Indian journal of veterinary science and animal husbandry - Volume 4,
Year: 1934
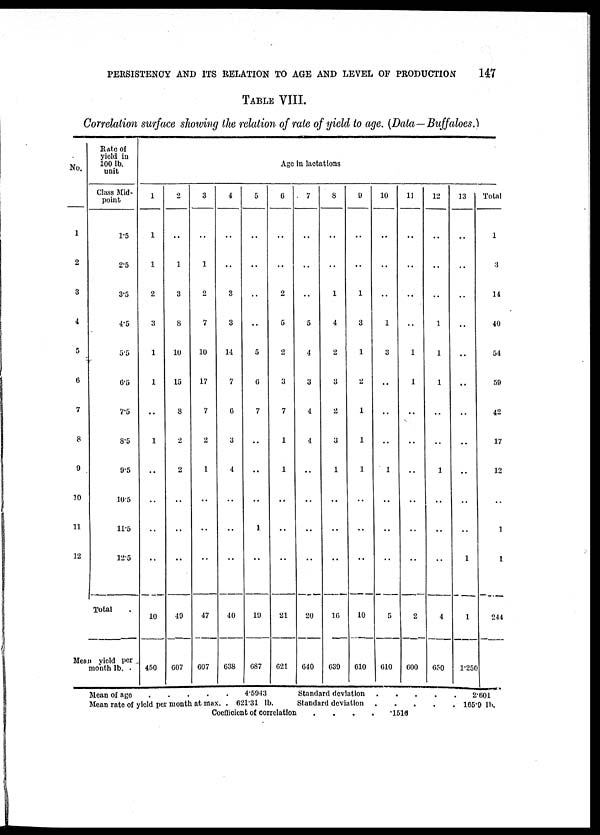
PERSISTENCY AND ITS RELATION TO AGE AND LEVEL OF PRODUCTION
147
TABLE VIII.
Correlation surface showing the relation of rate of yield to age. (Data—Buffaloes.)
No.
1
2
3
4
5
6
7
8
9
10
11
12
Rate of
yield in
100 lb.
unit
Class Mid-
point
1.5
2.5
3.5
4.5
5.5
6.5
7.5
8.5
9.5
10.5
11.5
12.5
Total .
Mean yield per
month lb. .
1
1
1
2
3
1
1
..
1
..
..
..
..
10
450
2
..
1
3
8
10
15
8
2
2
..
..
..
49
607
3
..
1
2
7
10
17
7
2
1
..
..
..
47
607
4
..
..
3
3
14
7
6
3
4
..
..
..
40
638
5
..
..
..
..
5
6
7
..
..
..
..
..
19
687
Age in lactations
6
..
..
2
5
2
3
7
1
1
..
..
..
21
621
7
..
..
..
5
4
3
4
4
..
..
..
..
20
640
8
..
..
1
4
2
3
2
3
1
..
..
..
16
639
9
..
..
1
3
1
2
1
1
1
..
..
..
10
610
10
..
..
..
1
3
..
..
..
1
..
..
..
5
610
11
..
..
..
..
1
1
..
..
..
..
..
..
2
600
12
..
..
..
1
1
1
..
..
1
..
..
..
4
650
13
..
..
..
..
..
..
..
..
..
..
..
1
1
l.250
Total
1
3
14
40
54
59
42
17
12
..
1
1
244
Mean of age .
.
.
.
.
4.5943
Mean rate of yield per month at max. . 621.31 lb.
Standard deviation
.
.
.
.
.
2.601
Standard deviation
.
. . . . 165.9 lb
Coefficient of correlation
.
.
.
.
.1516